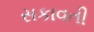
સકાવતી